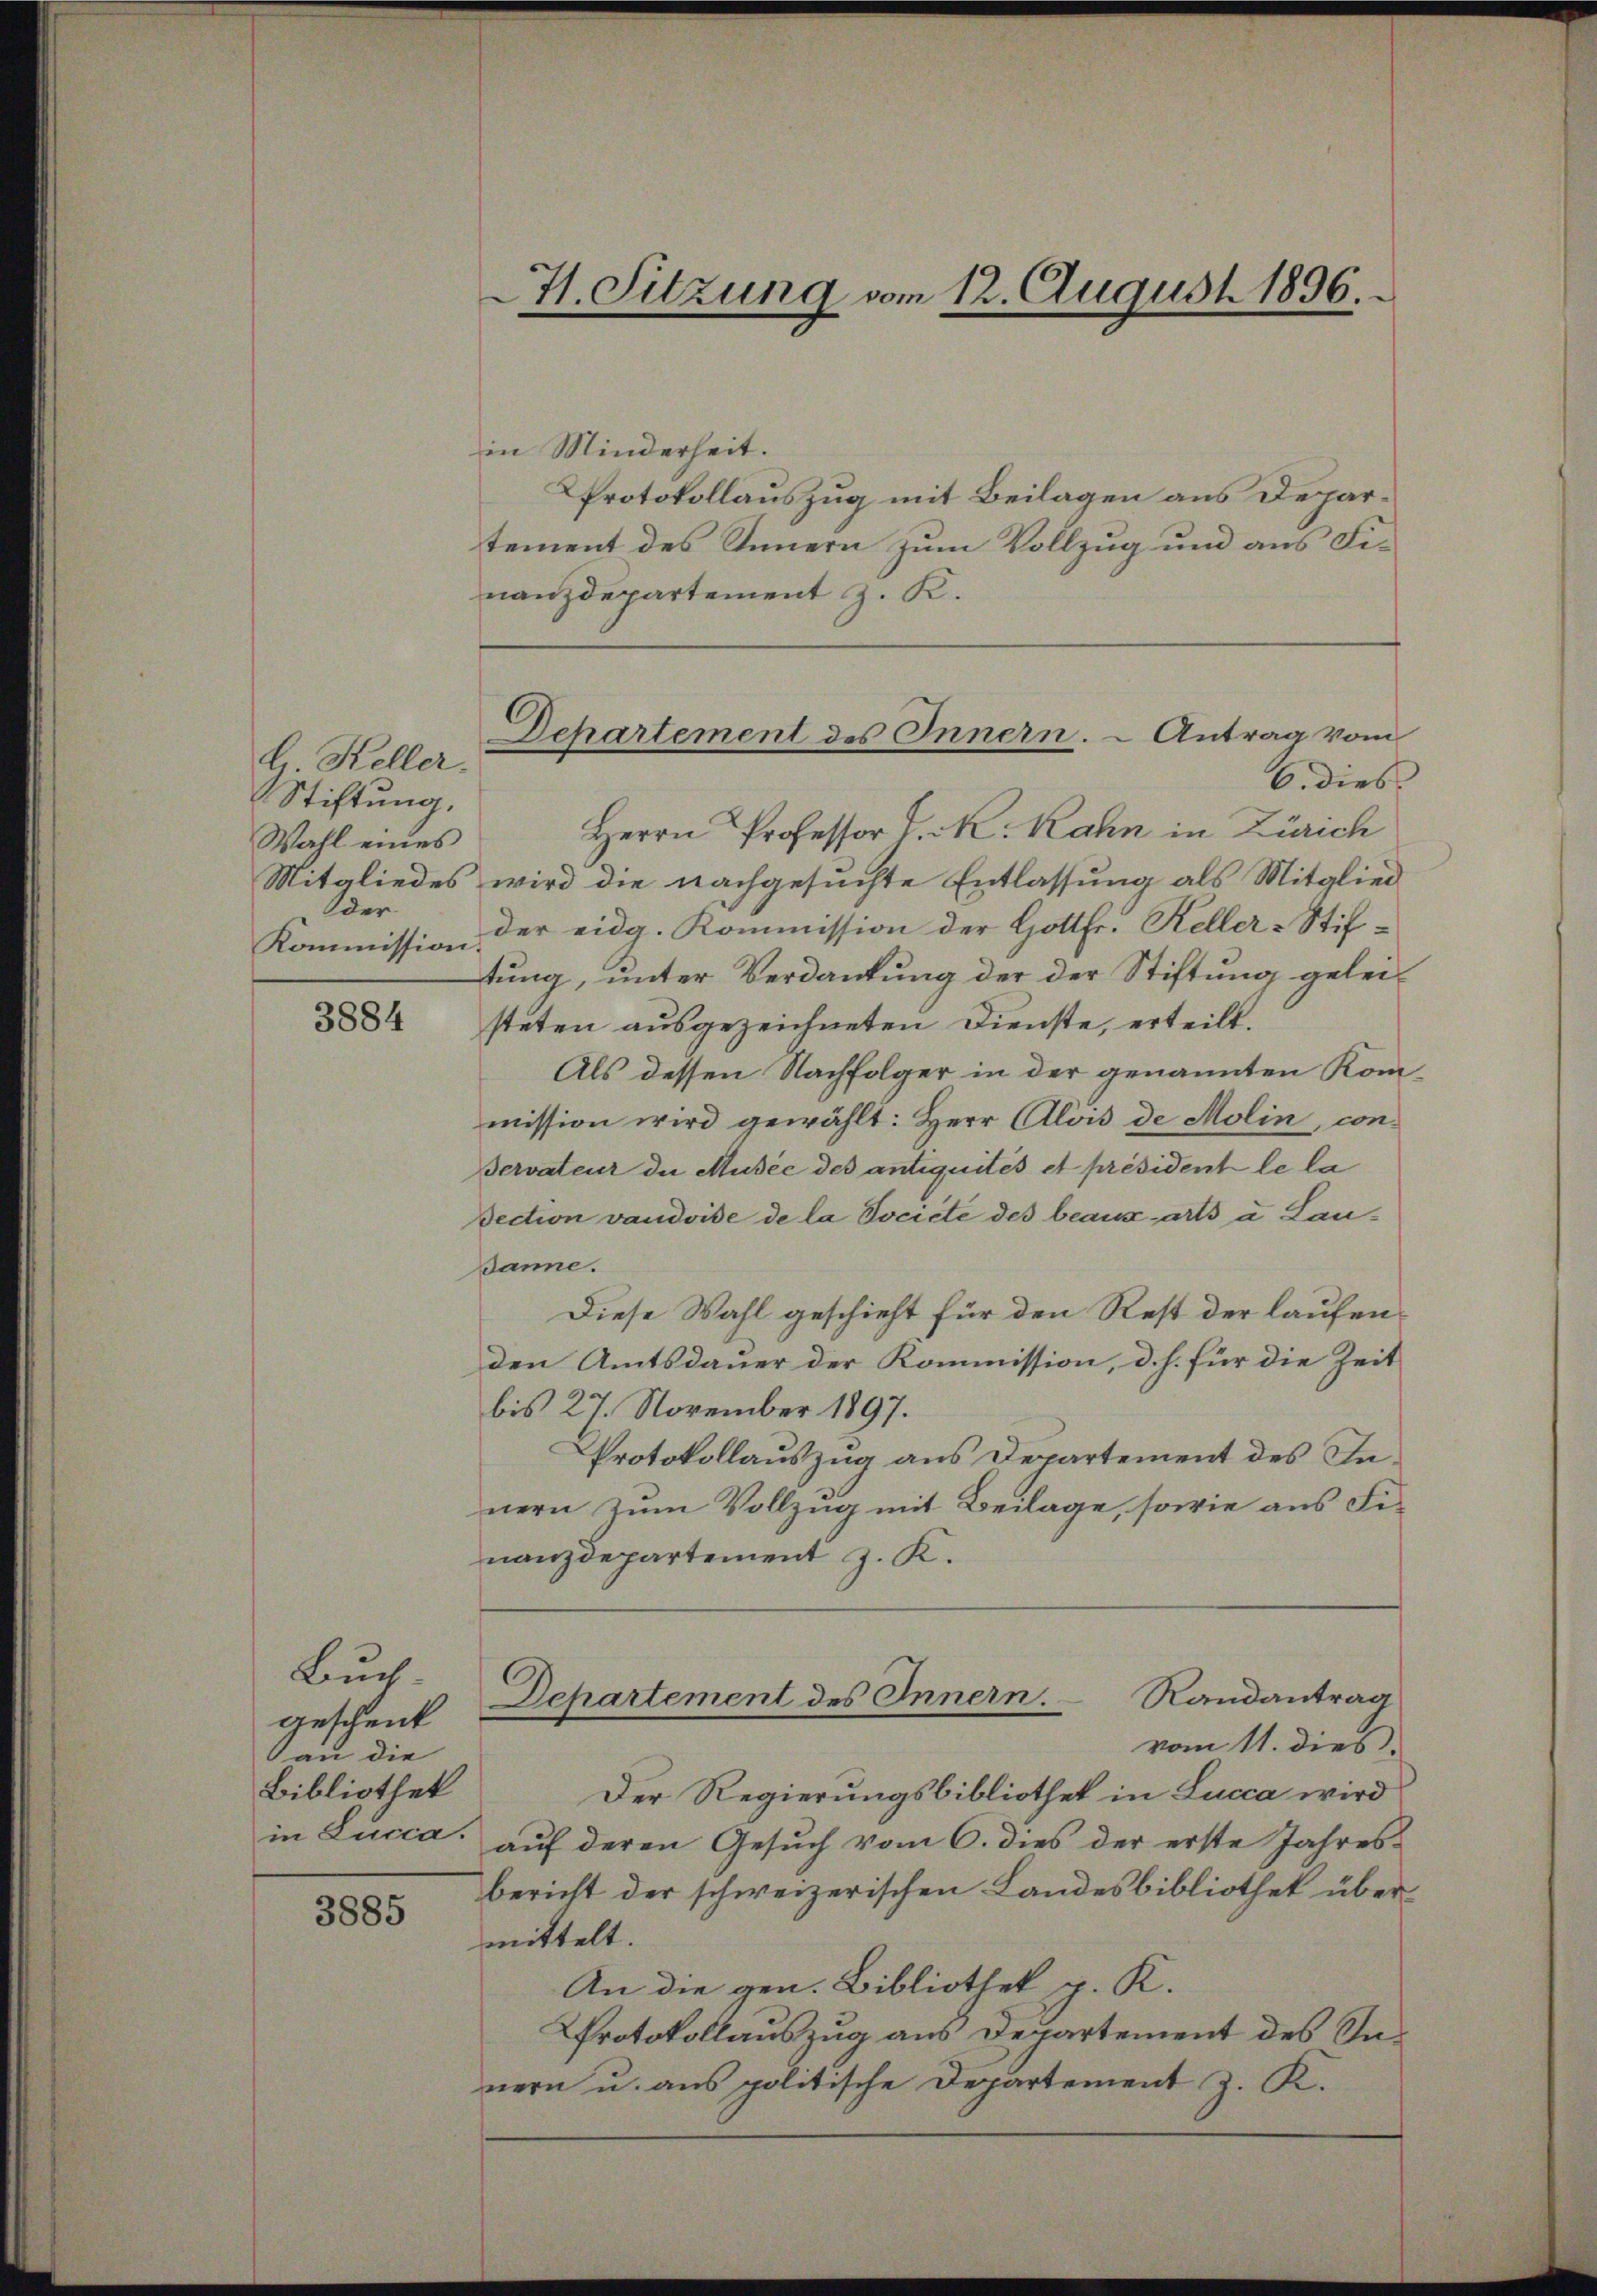
G. Keller.
Stiftung,
Wahl eines
Mitgliedes
Oder
Kommission

3884

Buch-
geschenk
San die
Bibliothek
in Lucca.

3885

H. Sitzung vom 12. August 1896.

Departement des Innern. - Antrag vom

in Minderheit.
Protokollauszug mit Beilagen aus Departement des Innern zum Vollzug und aus Finanzdepartement z. K.
6. dies
Herrn Professor C. R. Rahn in Zürich
wird die nachgesuchte Entlassung als Mitglied
der eidg. Kommission der Gottfr. Keller-Stiftung, unter Verdankung der der Stiftung geleisteten ausgezeichneten Dienste, erteilt.
Als dessen Nachfolger in der genannten Kommission wird gewählt: Herr Alois de Molin, con¬
Bervateur der Musee des antiquités et président le la
Section vaudoise de la Socicte des beaux arts a Laudanne.
Diese Wahl geschieht für den Rest der laufenden Amtsdauer der Kommission, d. h. für die Zeit
bis 27. November 1897.
Protokollauszug aus Decartement des Innern zum Vollzug mit Beilage, sowie aus Finanzdepartement J. K.
Randantrag
Departement des Innern.
vom 11. dies
Der Regierungsbibliothek in Lucca wird
auf deren Gesuch vom 6. dies der erste Jahres-
bericht der schweizerischen Landesbibliothek übermittelt.
An die gen. Bibliothek p. K.
Protokollauszug aus Departement des Innern u. ans politische Departement J. K.